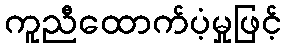
ကူညီထောက်ပံ့မှုဖြင့်